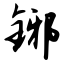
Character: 铘